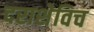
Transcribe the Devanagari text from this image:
दराशेविच